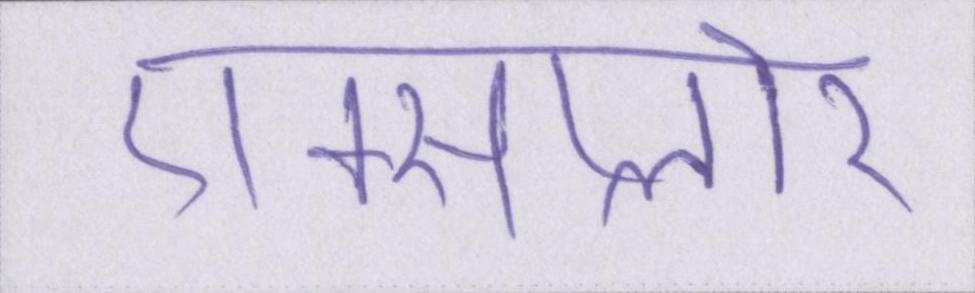
एक्सप्लोर